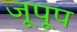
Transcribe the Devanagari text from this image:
जूपूप